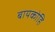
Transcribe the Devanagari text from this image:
बायकोहि